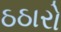
ઠઠારો